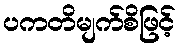
ပကတိမျက်စိဖြင့်